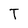
Character: T